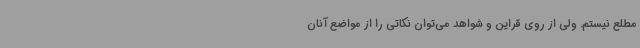
مطلع نیستم. ولی از روی قراین و شواهد می‌توان نکاتی را از مواضع آنان